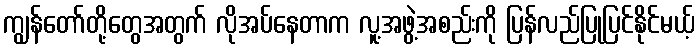
ကျွန်တော်တို့တွေအတွက် လိုအပ်နေတာက လူ့အဖွဲ့အစည်းကို ပြန်လည်ပြုပြင်နိုင်မယ့်